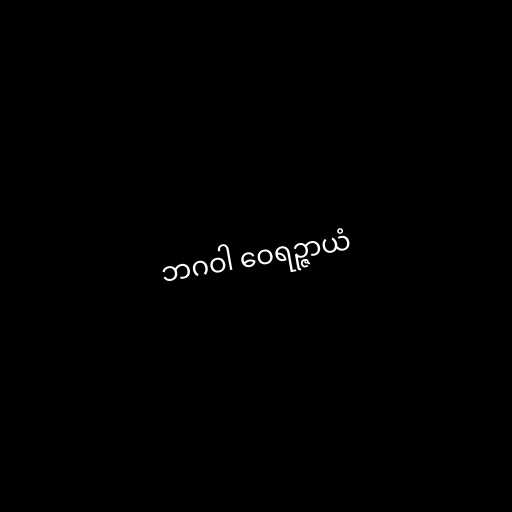
ဘဂဝါ ဝေရဉ္ဇာယံ